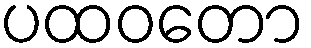
ပထဝတော